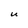
Character: U